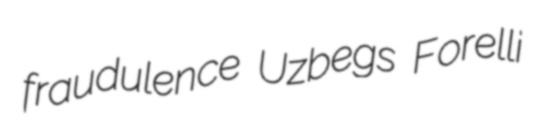
fraudulence Uzbegs Forelli